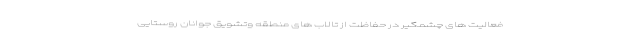
فعالیت های چشمگیر در حفاظت از تالاب های منطقه وتشویق جوانان روستایی